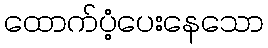
ထောက်ပံ့ပေးနေသော